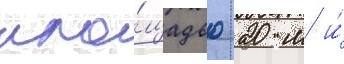
пло́щадью 20 м и́